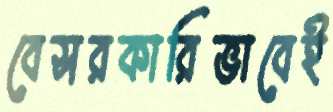
বেসরকারিভাবেই